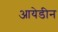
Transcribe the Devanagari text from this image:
आयेडीन